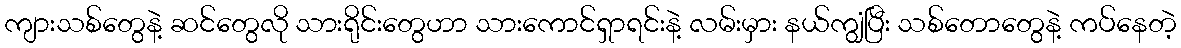
ကျားသစ်တွေနဲ့ ဆင်တွေလို သားရိုင်းတွေဟာ သားကောင်ရှာရင်းနဲ့ လမ်းမှား နယ်ကျွံပြီး သစ်တောတွေနဲ့ ကပ်နေတဲ့